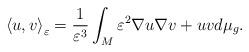
LaTeX: \begin{align*}\left\langle u,v\right\rangle _{\varepsilon}=\frac{1}{\varepsilon^{3}}\int_{M}\varepsilon^{2}\nabla u\nabla v+uvd\mu_{g}.\end{align*}